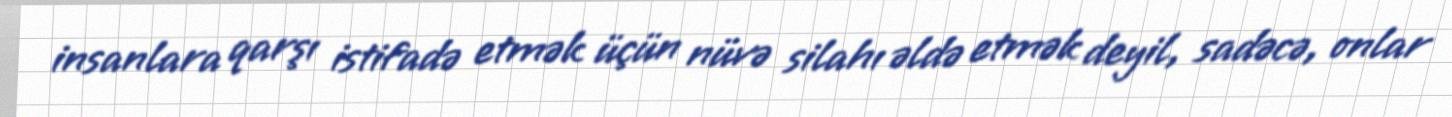
insanlara qarşı istifadə etmək üçün nüvə silahı əldə etmək deyil, sadəcə, onlar